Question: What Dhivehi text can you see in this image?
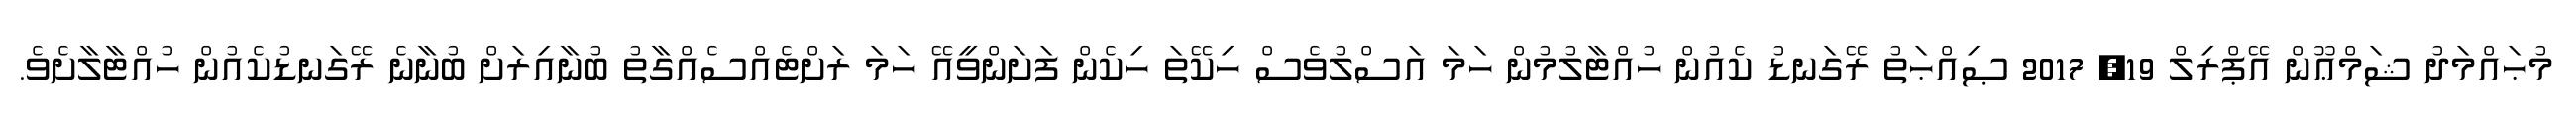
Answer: މުޙައްމަދު ޝަމްޢޫން އޭޕްރިލް 19, 2017 ޞިއްޙަތު ރޭގަނޑު ކެއުން ހުއްޓާލުމުން ހަމަ އަސްލުވެސް ހިކޭތަ ހިކެން ފަށަންވީއޭ ހަމަ ރަށްޓެއްސެއްގާތު ބުނާއިރަށް ބުނާނެ ރޭގަނޑުކެއުން ހުއްޓާލާށެވެ.